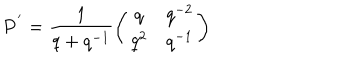
LaTeX: { \bf P } ^ { ' } = \frac { 1 } { q + q ^ { - 1 } } \left( \begin{array} { c c } { { q } } & { { q ^ { - 2 } } } \\ { { q ^ { 2 } } } & { { q ^ { - 1 } } } \\ \end{array} \right)